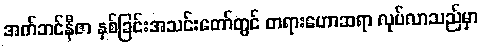
အက်ဘင်နီဇာ နှစ်ခြင်းအသင်းတော်တွင် တရားဟောဆရာ လုပ်လာသည်မှာ